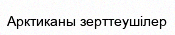
Арктиканы зерттеушілер